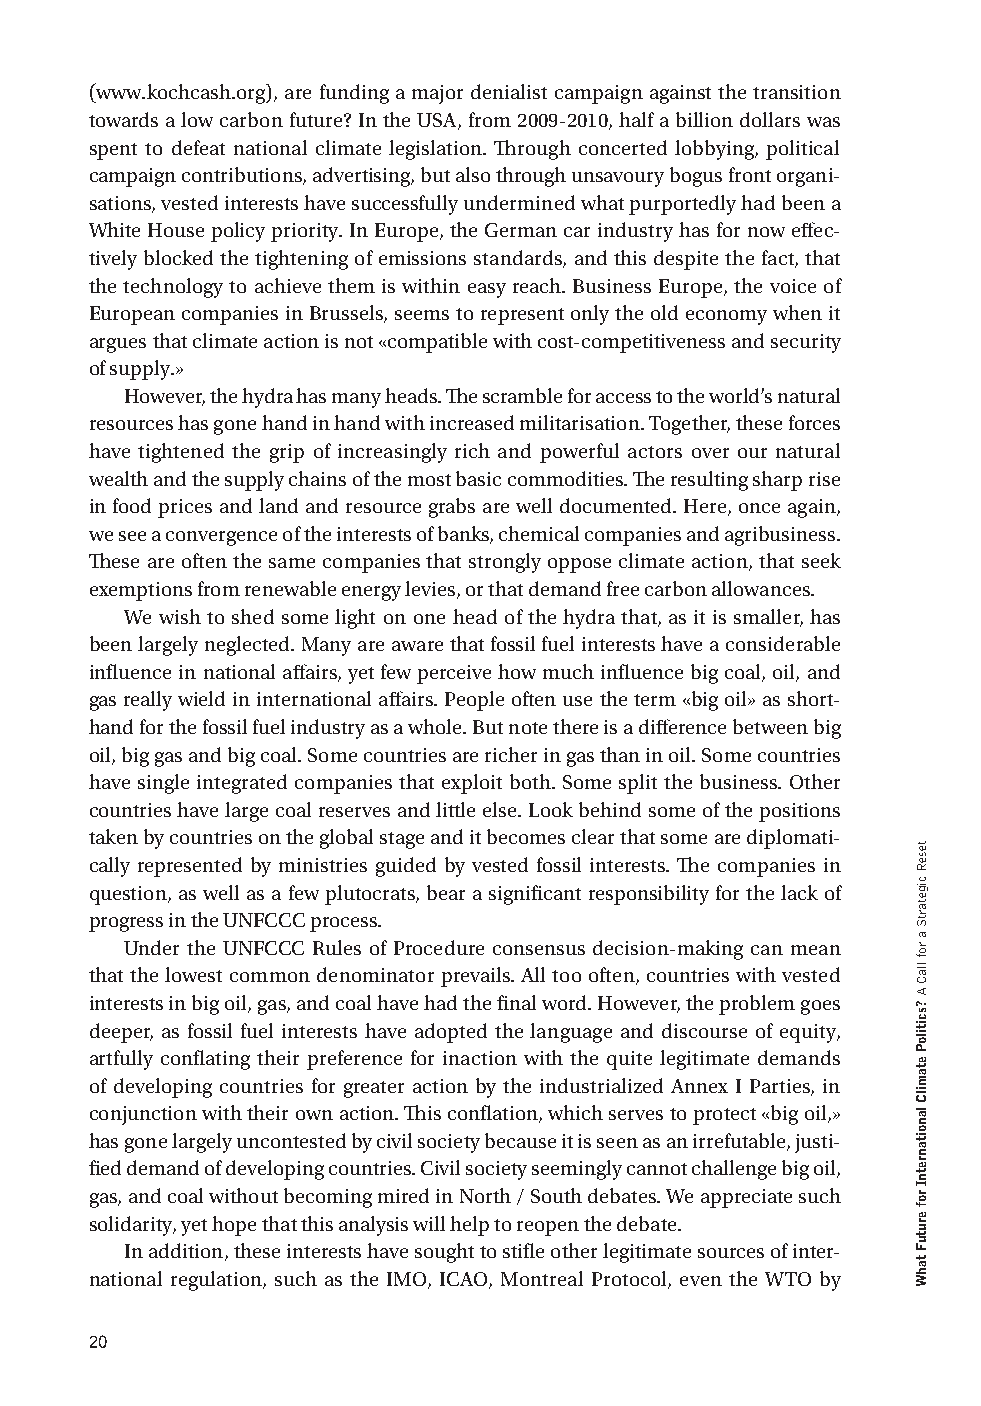
(www.kochcash.org), are funding a major denialist campaign against the transition
 towards a low carbon future? In the USA, from 2009-2010, half a billion dollars was
 spent to defeat national climate legislation. Through concerted lobbying, political
 campaign contributions, advertising, but also through unsavoury bogus front organi-
 sations, vested interests have successfully undermined what purportedly had been a
 White House policy priority. In Europe, the German car industry has for now effec-
 tively blocked the tightening of emissions standards, and this despite the fact, that
 the technology to achieve them is within easy reach. Business Europe, the voice of
 European companies in Brussels, seems to represent only the old economy when it
 argues that climate action is not «compatible with cost-competitiveness and security
 of supply.»
 However, the hydra has many heads. The scramble for access to the world’s natural
 resources has gone hand in hand with increased militarisation. Together, these forces
 have tightened the grip of increasingly rich and powerful actors over our natural
 wealth and the supply chains of the most basic commodities. The resulting sharp rise
 in food prices and land and resource grabs are well documented. Here, once again,
 we see a convergence of the interests of banks, chemical companies and agribusiness.
 These are often the same companies that strongly oppose climate action, that seek
 exemptions from renewable energy levies, or that demand free carbon allowances.
 We wish to shed some light on one head of the hydra that, as it is smaller, has
 been largely neglected. Many are aware that fossil fuel interests have a considerable
 influence in national affairs, yet few perceive how much influence big coal, oil, and
 gas really wield in international affairs. People often use the term «big oil» as short-
 hand for the fossil fuel industry as a whole. But note there is a difference between big
 oil, big gas and big coal. Some countries are richer in gas than in oil. Some countries
 have single integrated companies that exploit both. Some split the business. Other
 countries have large coal reserves and little else. Look behind some of the positions
 taken by countries on the global stage and it becomes clear that some are diplomati-
 cally represented by ministries guided by vested fossil interests. The companies in
 question, as well as a few plutocrats, bear a significant responsibility for the lack of
 progress in the UNFCCC process.
 Under the UNFCCC Rules of Procedure consensus decision-making can mean
 that the lowest common denominator prevails. All too often, countries with vested
 interests in big oil, gas, and coal have had the final word. However, the problem goes
 deeper, as fossil fuel interests have adopted the language and discourse of equity,
 artfully conflating their preference for inaction with the quite legitimate demands
 of developing countries for greater action by the industrialized Annex I Parties, in
 conjunction with their own action. This conflation, which serves to protect «big oil,»
 has gone largely uncontested by civil society because it is seen as an irrefutable, justi-
 fied demand of developing countries. Civil society seemingly cannot challenge big oil,
 gas, and coal without becoming mired in North / South debates. We appreciate such
 solidarity, yet hope that this analysis will help to reopen the debate.
 In addition, these interests have sought to stifle other legitimate sources of inter-
 national regulation, such as the IMO, ICAO, Montreal Protocol, even the WTO by
 20
 teseR
 cigetartS
 a
 rof
 llaC
 A
 ?scitiloP
 etamilC
 lanoitanretnI
 rof
 erutuF
 tahW